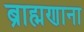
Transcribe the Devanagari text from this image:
ब्राह्मणाना